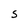
Character: S